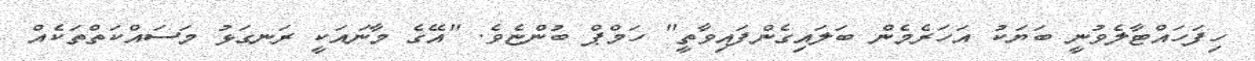
ހިފަހައްޓާލެވުނީ ބަޔަކު އަހަރެމެން ބަލައިގެންފައިވާތީ" ހަމްޕް ބުންޏެވެ. "އޭގެ މާނައަކީ ރަނގަޅު މަސައްކަތްތަކެއް